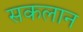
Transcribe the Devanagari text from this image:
सकलान